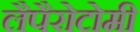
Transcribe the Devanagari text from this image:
लैपैरोटोमी